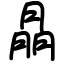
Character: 𦜳